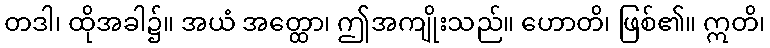
တဒါ၊ ထိုအခါ၌။ အယံ အတ္ထော၊ ဤအကျိုးသည်။ ဟောတိ၊ ဖြစ်၏။ ဣတိ၊